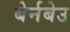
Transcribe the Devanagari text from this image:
बेर्नबेउ